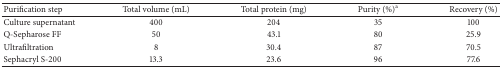
| Purification step | Total volume (mL) | Total protein (mg) | Purity (%)a | Recovery (%) |
 | --- | --- | --- | --- | --- |
 | Culture supernatant | 400 | 204 | 35 | 100 |
 | Q-Sepharose FF | 50 | 43.1 | 80 | 25.9 |
 | Ultrafiltration | 8 | 30.4 | 87 | 70.5 |
 | Sephacryl S-200 | 13.3 | 23.6 | 96 | 77.6 |